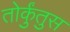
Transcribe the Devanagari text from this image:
तोर्कुंतुस